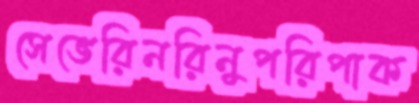
সেভেরিনরিনুপরিপাক